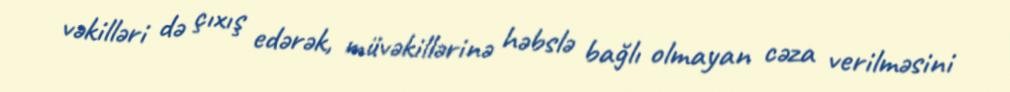
vəkilləri də çıxış edərək, müvəkillərinə həbslə bağlı olmayan cəza verilməsini